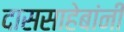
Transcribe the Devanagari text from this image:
दाससाहेबांनी